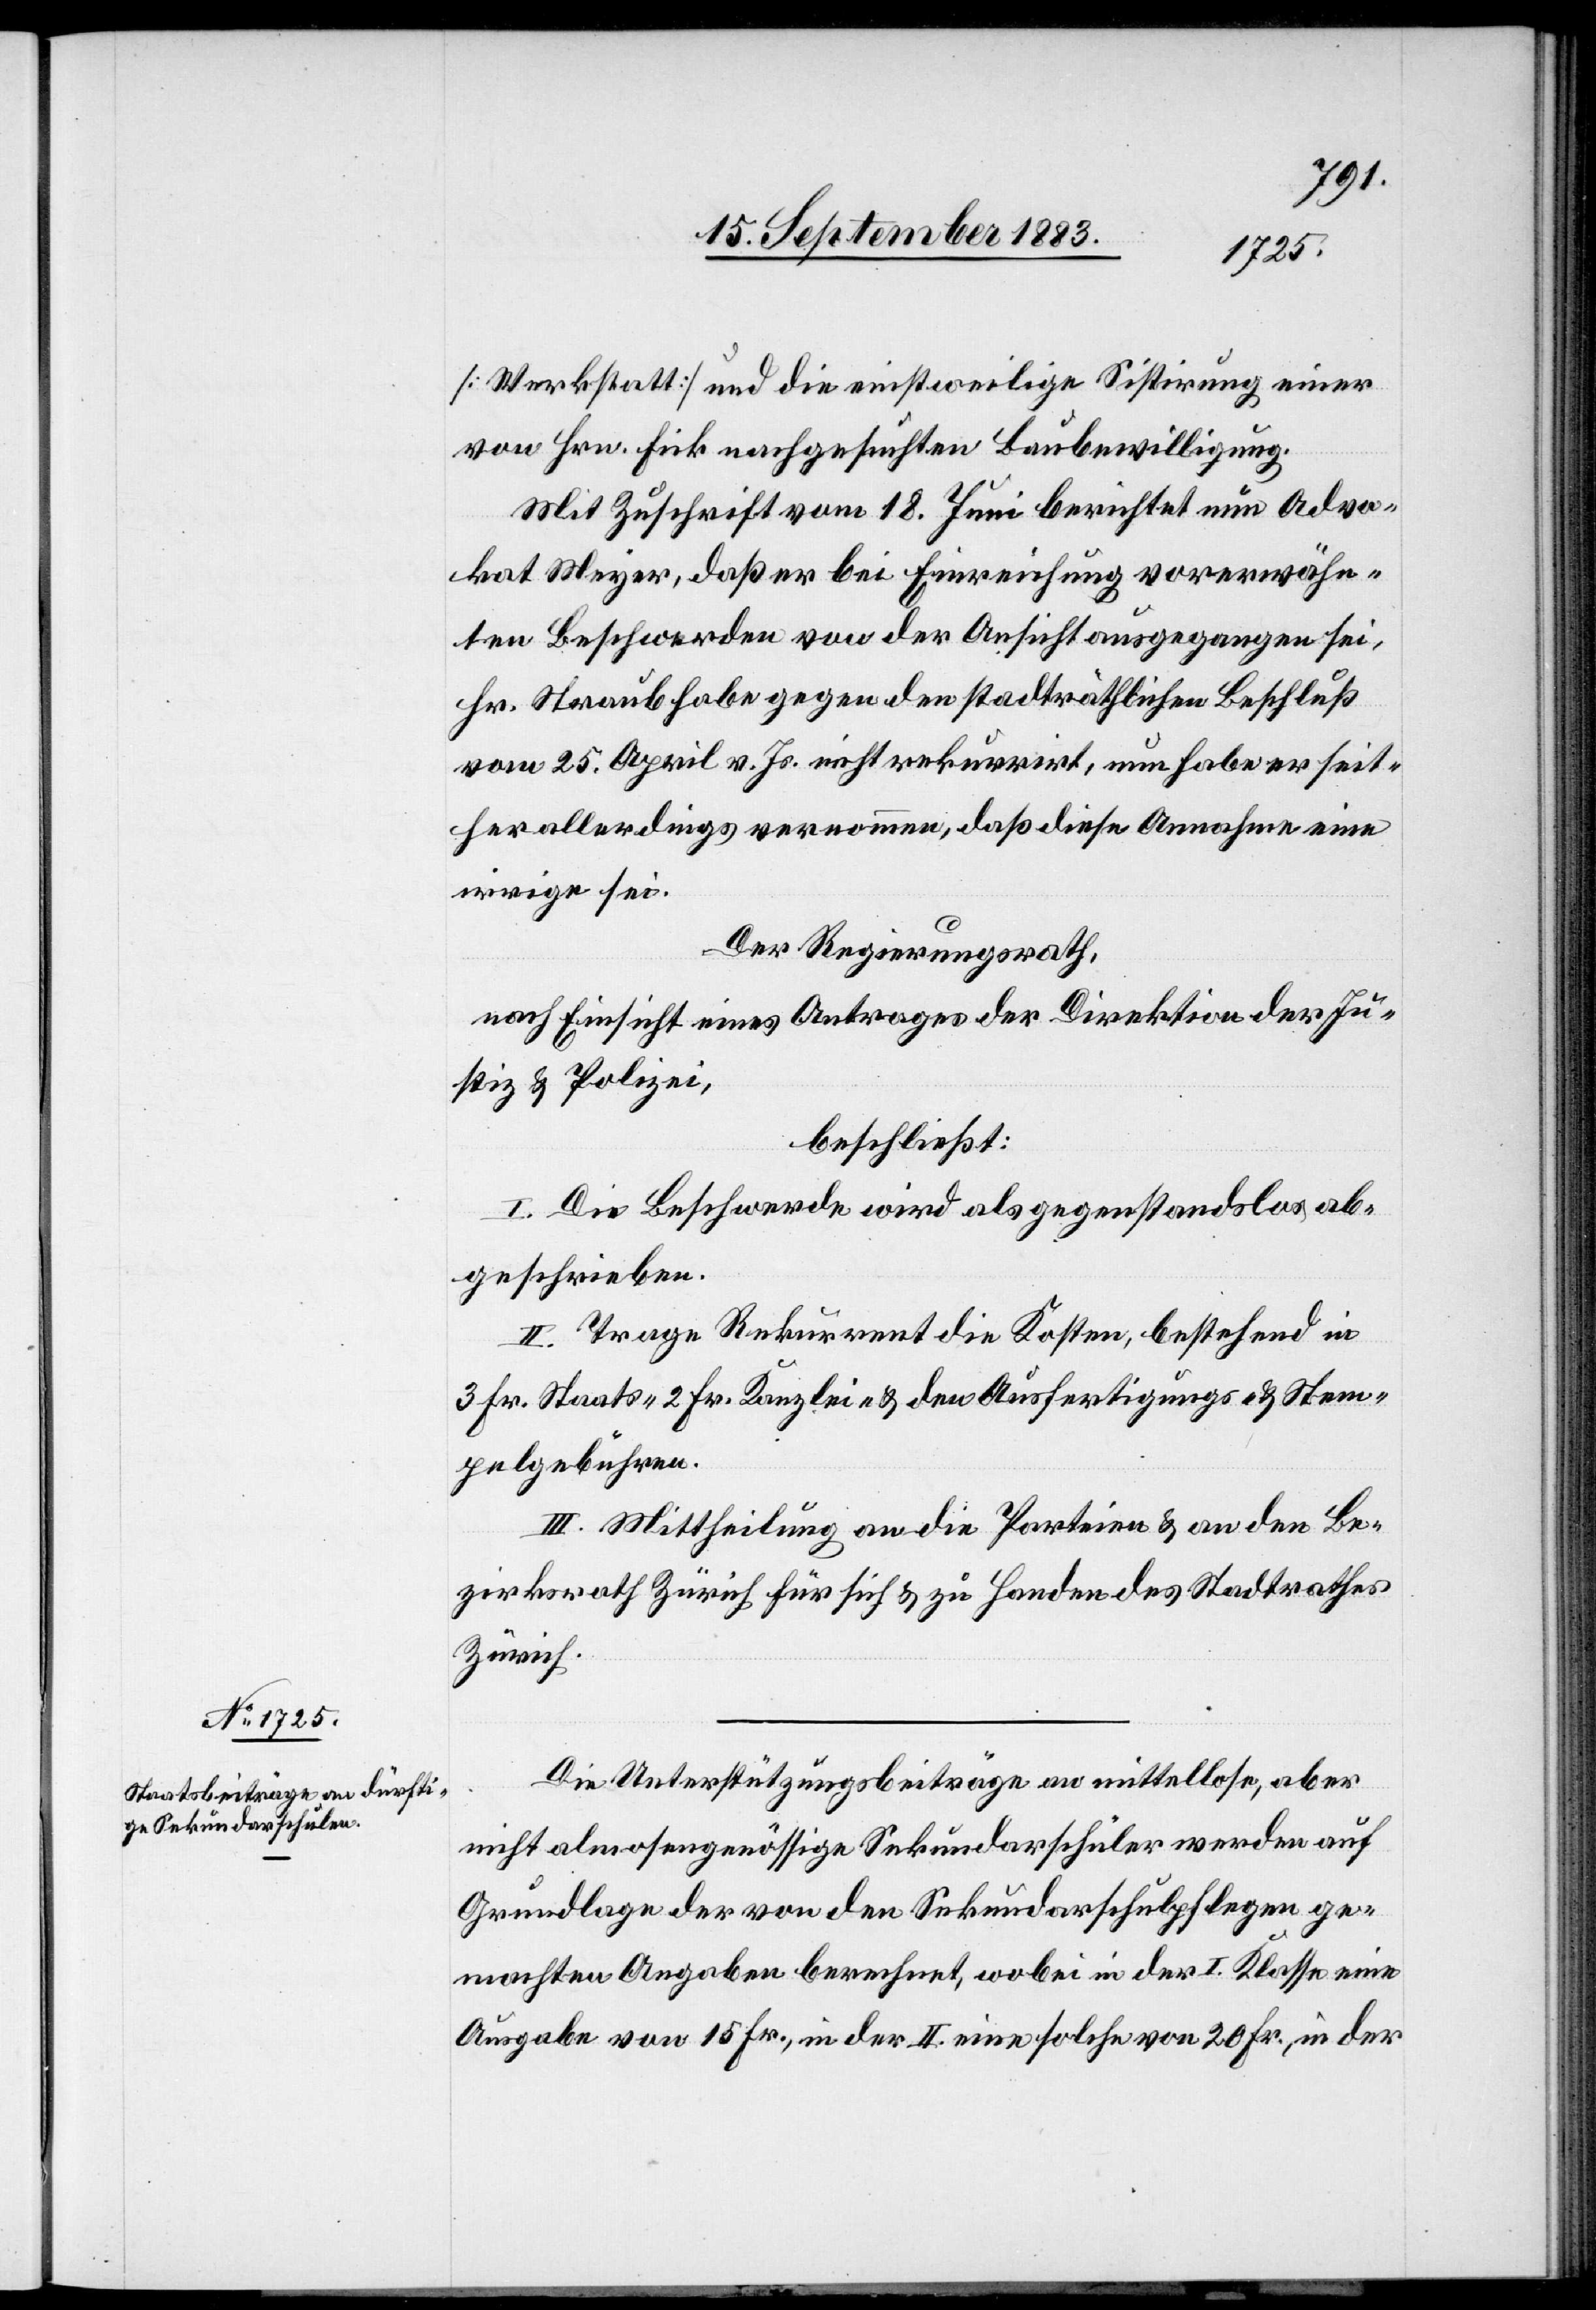
ten
[Werkstatt] und die einstweilige Sistirung einer
von Hrn. Fick nachgesuchten Baubewilligung.
Mit Zuschrift vom 18. Juni berichtet nun Advo¬
kat Meyer, daß er bei Einreichung vorerwähn¬
Beschwerden von der Ansicht ausgegangen sei,
Hr. Straub habe gegen den stadträthlichen Beschluß
vom 25. April v. Js. nicht rekurrirt, nun habe er seit¬
her allerdings vernommen, daß diese Annahme eine
irrige sei.
Der Regierungsrath,
nach Einsicht eines Antrages der Direktion der Ju¬
stiz & Polizei,
beschließt:
I. Die Beschwerde wird als gegenstandslos ab¬
geschrieben.
II. Trage Rekurrent die Kosten, bestehend in
3 Fr. Staats-[,] 2 Fr. Kanzlei- & den Ausfertigungs- & Stem¬
pelgebühren.
III. Mittheilung an die Parteien & an den Be¬
zirksrath Zürich für sich & zu Handen des Stadtrathes
Zürich.
Die Unterstützungsbeiträge an mittellose, aber
nicht almosengenössige Sekundarschüler werden auf
Grundlage der von den Sekundarschulpflegen ge¬
machten Angaben berechnet, wobei in der I. Klasse eine
Ausgabe von 15 Fr., in der II. eine solche von 20 Fr., in der